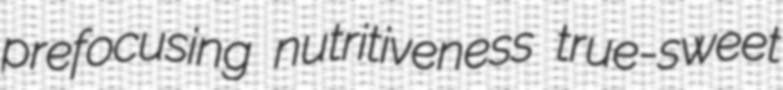
prefocusing nutritiveness true-sweet